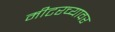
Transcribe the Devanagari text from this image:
मीटरच्यावर